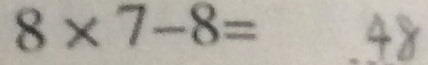
8 \times 7 - 8 = 4 8